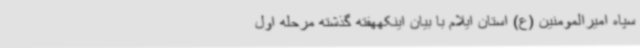
سپاه امیرالمومنین (ع) استان ایلام با بیان اینکههفته گذشته مرحله اول